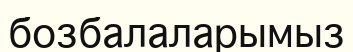
бозбалаларымыз